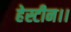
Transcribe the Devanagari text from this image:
हेस्टीन।।